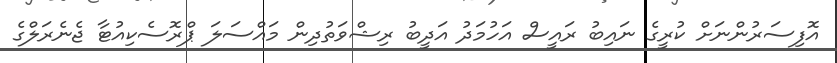
އޮފިސަރުންނަށް ކުރީގެ ނައިބު ރައީސް އަހުމަދު އަދީބު ރިޝްވަތުދިން މައްސަލަ ޕްރޮސެކިއުޓާ ޖެނެރަލްގެ